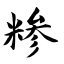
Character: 糁